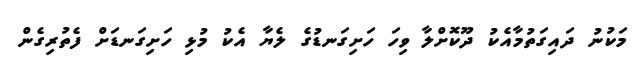
މަކުނު ދައިގަތުމާއެކު ދޫކޮށްލާ ވިހަ ހަށިގަނޑުގެ ލެޔާ އެކު މުޅި ހަށިގަނޑަށް ފެތުރިގެން